Insane asylums in Bengal annual reports 1867-1875 - 1867-1875
Year: 1867
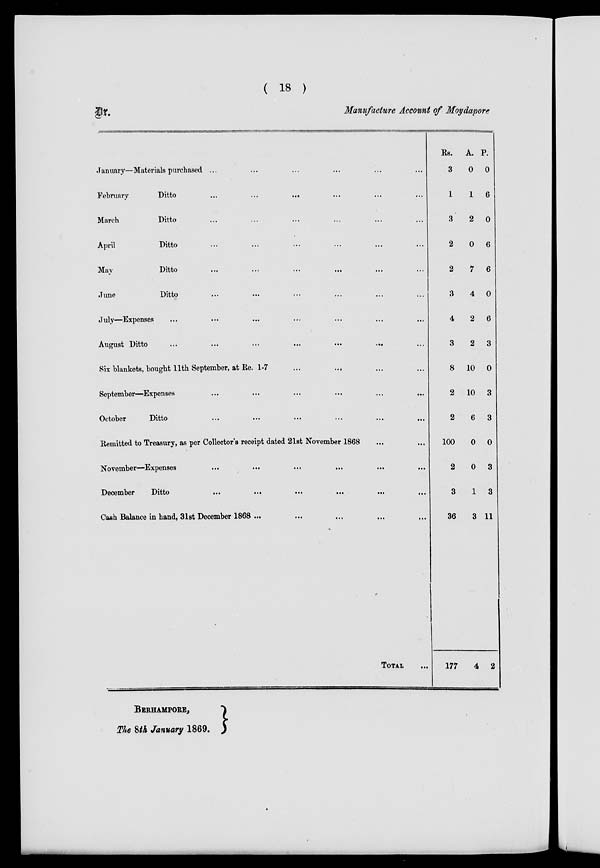
( 18 )
Dr.
Manufacture Account of Moydapore
January—Materials purchased ... ... ... ... ... ...
February
Ditto
...
... ... ... ... ...
March
Ditto ... ... ... ... ... ...
April
Ditto ... ... ... ... ... ...
May
Ditto ... ... ... ... ... ...
June
Ditto ... ... ... ... ... ...
July—Expenses ... ... ... ... ... ... ...
August Ditto ... ...
...
...
...
...
...
Six blankets, bought 11th September, at Re. 1-7 ... ... ... ...
September—Expenses ... ... ... ... ... ...
October
Ditto ... ... ... ... ... ...
Remitted to Treasury, as per Collector's receipt dated 21st November 1868 ... ...
November—Expenses
...
...
...
...
...
...
December
Ditto
...
...
...
...
...
...
Cash Balance in hand, 31st December 1868 ... ... ... ... ...
TOTAL ...
Rs.
3
1
3
2
2
3
4
3
8
2
2
100
2
3
36
177
A.
0
1
2
0
7
4
2
2
10
10
6
0
0
1
3
4
P.
0
6
0
6
6
0
6
3
0
3
3
0
3
3
11
2
BERHAMPORE,
The 8th January 1869.